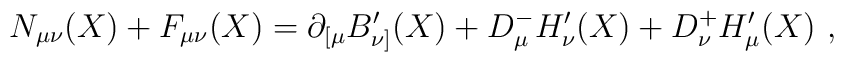
N_{\mu\nu}(X)+F_{\mu\nu}(X)=\partial_{[\mu}B'_{\nu]}(X)+D_\mu^- H'_\nu(X) +D_\nu^+ H'_\mu(X)\ ,